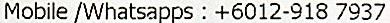
MOBILE /WHATSAPPS : +6012-918 7937